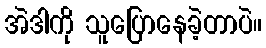
အဲဒါကို သူပြောနေခဲ့တာပဲ။